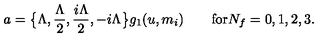
a = \big \{ \Lambda , \frac { \Lambda } { 2 } , \frac { i \Lambda } { 2 } , - i \Lambda \big \} g _ { 1 } ( u , m _ { i } ) \qquad \mathrm { f o r } N _ { f } = 0 , 1 , 2 , 3 .